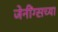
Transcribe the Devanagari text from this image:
जेनींग्सच्या